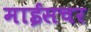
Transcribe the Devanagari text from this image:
माईसचर